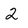
Character: 2